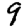
Digit: 9